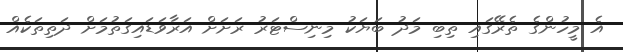
އެ މީހުންގެ ތެރޭގައި ތިބި މަދު ބަޔަކު މިނިސްޓަރު ރަށަށް އަރާވަޑައިގަތުމަށް ދަތިތަކެއް